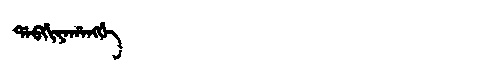
Manchu: ᡩᠠᠪᡤᡳᠶᠠᡥᠠᠩᡤᡝ
Romanization: DABGIYAHANGGE